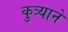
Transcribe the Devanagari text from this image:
कुत्र्याने